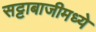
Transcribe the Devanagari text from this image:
सट्टाबाजीमध्ये